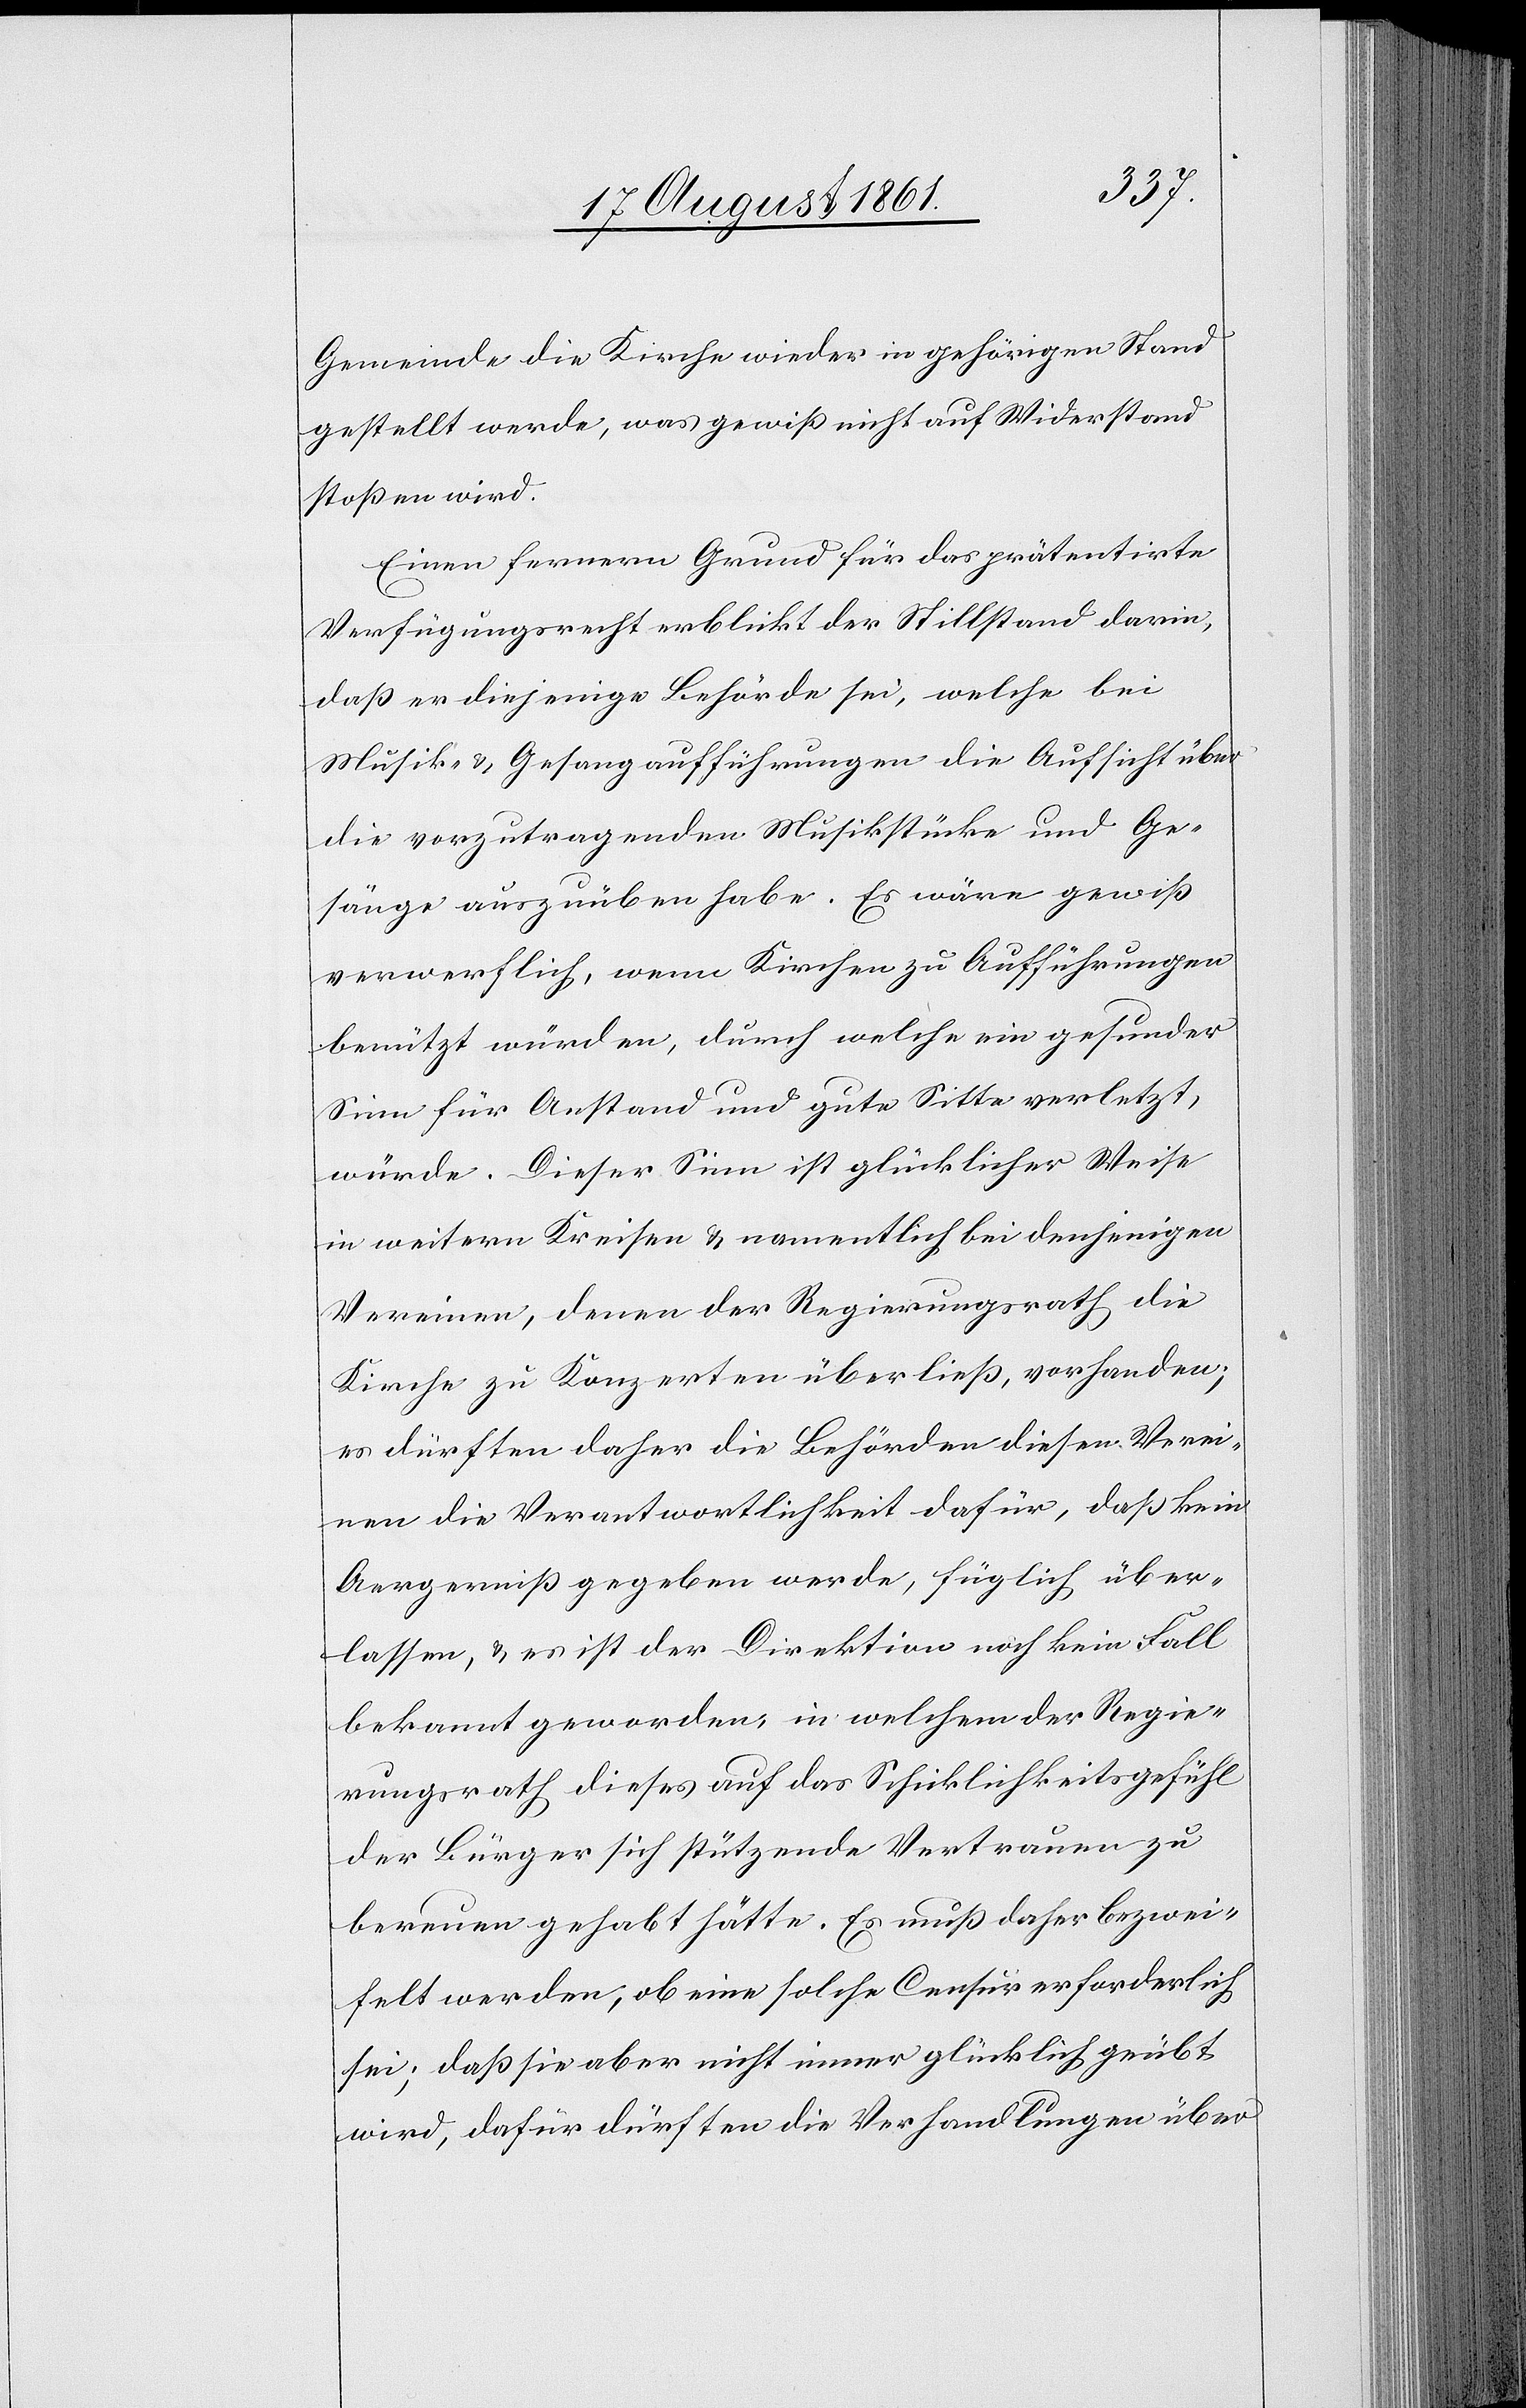
Gemeinde die Kirche wieder in gehörigen Stand
gestellt werde, was gewiß nicht auf Widerstand
stoßen wird.
Einen fernern Grund für das prätentirte
Verfügungsrecht erblickt der Stillstand darin,
daß er diejenige Behörde sei, welche bei
Musik- u. Gesangsaufführungen die Aufsicht über
die vorzutragenden Musikstücke und Ge¬
sänge auszuüben habe. Es wäre gewiß
verwerflich, wenn Kirchen zu Aufführungen
benützt würden, durch welche ein gesunder
Sinn für Anstand und gute Sitte verletzt
würde. Dieser Sinn ist glücklicher Weise
in weitern Kreisen u. namentlich bei denjenigen
Vereinen, denen der Regierungsrath die
Kirche zu Konzerten überließ, vorhanden;
es dürften daher die Behörden diesen Verei¬
nen die Verantwortlichkeit dafür, daß kein
Aergerniß gegeben werde, füglich über¬
lassen, u. es ist der Direktion noch kein Fall
bekannt geworden in welchem der Regie¬
rungsrath dieses auf das Schicklichkeitsgefühl
der Bürger sich stützende Vertrauen zu
bereuen gehabt hätte. Es muß daher bezwei¬
felt werden, ob eine solche Censur erforderlich
sei; daß sie aber nicht immer glücklich geübt
wird, dafür dürften die Verhandlungen über